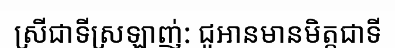
ស្រីជាទីស្រឡាញ់: ជូអានមានមិត្តជាទី